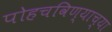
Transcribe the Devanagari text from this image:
पोहचविण्याच्या